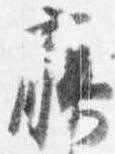
藤